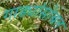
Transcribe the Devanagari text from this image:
गाड्यांसोबत